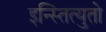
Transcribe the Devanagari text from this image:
इन्स्तित्युतो